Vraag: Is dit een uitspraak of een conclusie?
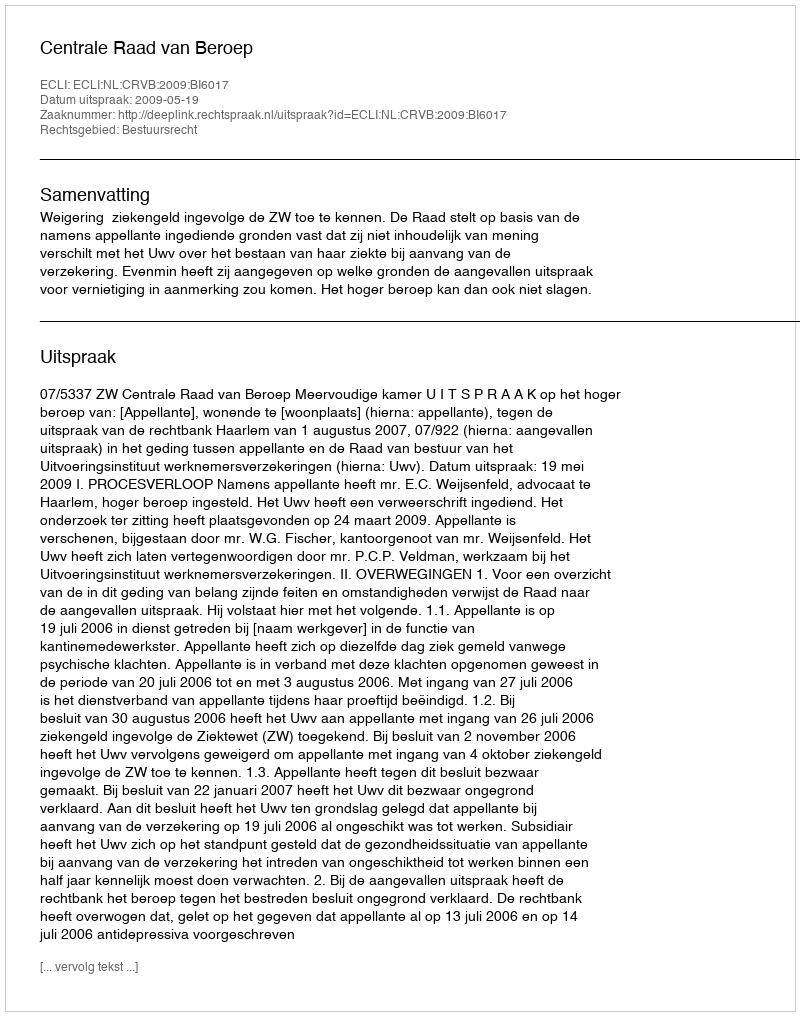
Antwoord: Uitspraak